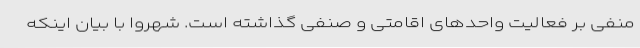
منفی بر فعالیت واحدهای اقامتی و صنفی گذاشته است. شهروا با بیان اینکه